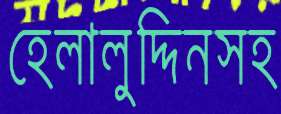
হেলালুদ্দিনসহ